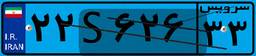
۲۲S۶۲۶۳۳